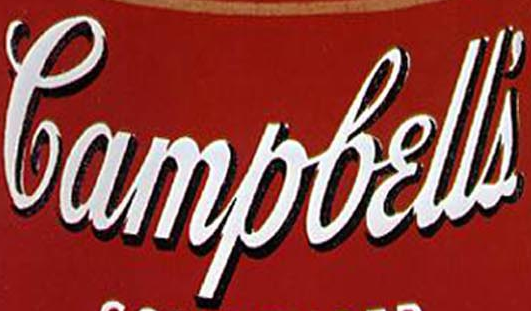
Lampbelli